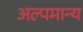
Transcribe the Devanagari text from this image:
अल्पमान्य